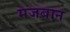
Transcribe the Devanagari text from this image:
मजबान